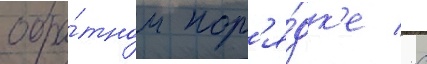
обра́тном пор'я́дк'е / с